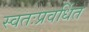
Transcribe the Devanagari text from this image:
स्वतःप्रवर्धित